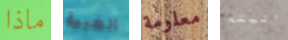
ماذا الغبية معلومة اتيتم